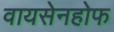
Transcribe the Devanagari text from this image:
वायसेनहोफ